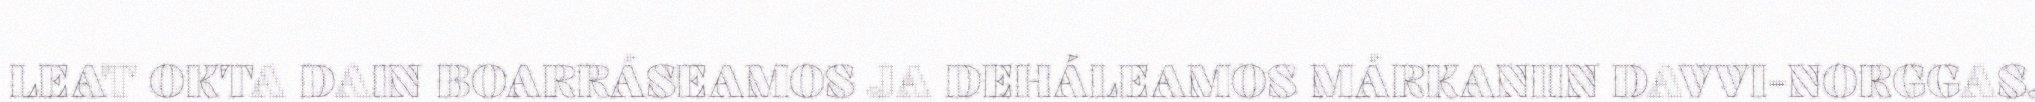
LEAT OKTA DAIN BOARRÁSEAMOS JA DEHÁLEAMOS MÁRKANIIN DAVVI-NORGGAS.